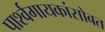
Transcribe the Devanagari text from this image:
पार्श्वगायकांसोबत